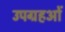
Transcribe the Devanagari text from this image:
उपग्रहओं